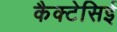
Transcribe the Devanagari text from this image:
कैक्टेसिई